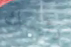
رئيسك